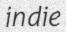
indie